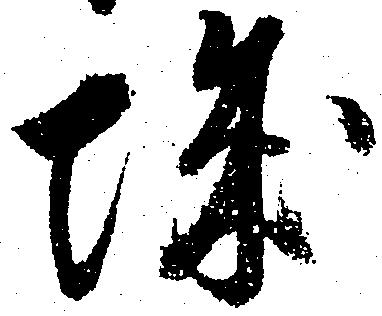
城